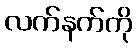
လက်နက်ကို